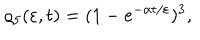
\varrho _ { 5 } ( \varepsilon , t ) = ( 1 - e ^ { - \alpha t / \varepsilon } ) ^ { 3 } \nonumber ,